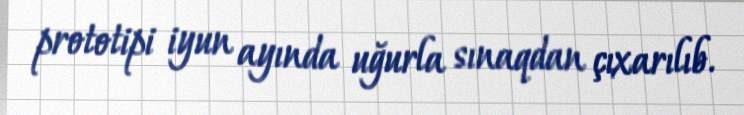
prototipi iyun ayında uğurla sınaqdan çıxarılıb.